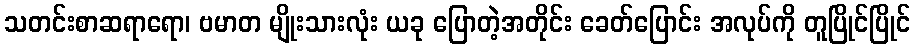
သတင်းစာဆရာရော၊ ဗမာတ မျိုးသားလုံး ယခု ပြောတဲ့အတိုင်း ခေတ်ပြောင်း အလုပ်ကို တူပြိုင်ပြိုင်